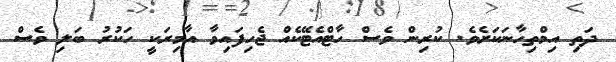
ދަތި އިމްތިހާނަކަށެވެ. ކުރިން ވެސް ހާޓްއެޓޭކެއް ޖެހިފައިވާ އާމިރަކީ ހަކުރު ބަލި ވެސް